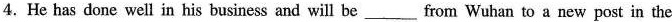
4.He has done well in his business and will be ___ from Wuhan to a new post in the